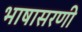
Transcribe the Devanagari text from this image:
भाषासरणी